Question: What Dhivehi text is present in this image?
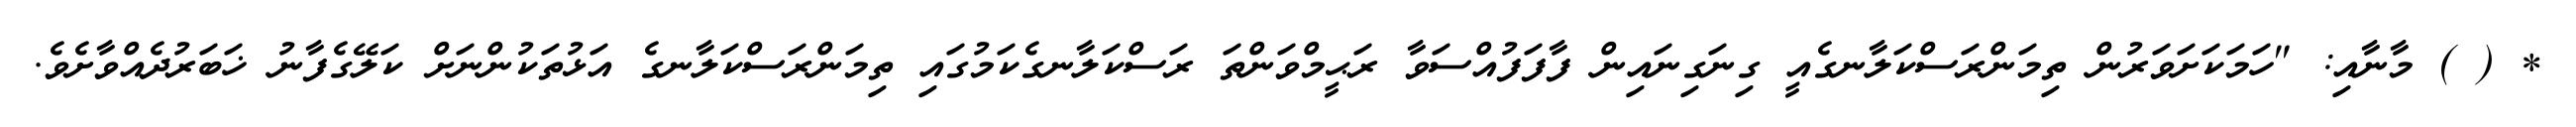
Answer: * ( ) މާނާއި: "ހަމަކަށަވަރުން ތިމަންރަސްކަލާނގެއީ ގިނަގިނައިން ފާފަފުއްސަވާ ރަޙީމްވަންތަ ރަސްކަލާނގެކަމުގައި ތިމަންރަސްކަލާނގެ އަޅުތަކުންނަށް ކަލޭގެފާނު ޚަބަރުދެއްވާށެވެ.